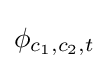
\phi _{c_{1},c_{2},t}